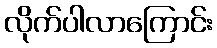
လိုက်ပါလာကြောင်း